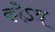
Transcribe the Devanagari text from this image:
कोऽत्र